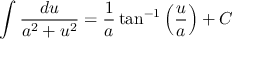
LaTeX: \int { \frac { d u } { a ^ { 2 } + u ^ { 2 } } } = { \frac { 1 } { a } } \tan ^ { - 1 } \left( { \frac { u } { a } } \right) + C